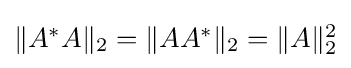
{\textstyle \|A^{*}A\|_{2}=\|AA^{*}\|_{2}=\|A\|_{2}^{2}}